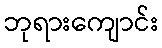
ဘုရားကျောင်း